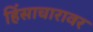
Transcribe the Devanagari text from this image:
हिंसाचारावर